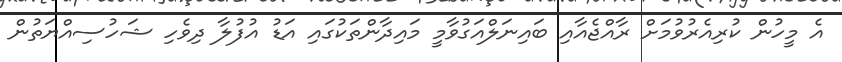
އެ މީހުން ކުރިއެރުވުމަށް ރާއްޖެއާއި ބައިނަލްއަގުވާމީ މައިދާންތަކުގައި އަޑު އުފުލާ ދިވެހި ޝަހުސިއްޔަތުން